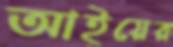
আইয়ের